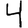
Digit: 4